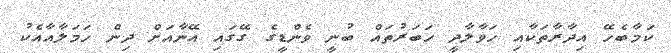
ކަމާބެހޭ އިދާރާތަކާއި ހަވާލާދީ ހަބަރުތައް ބުނީ ވެންޑީގެ ގޭގައި އޭނާއަށް ދިން ހަމަލާއާއެކު